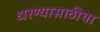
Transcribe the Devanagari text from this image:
धरण्यासाठीचा